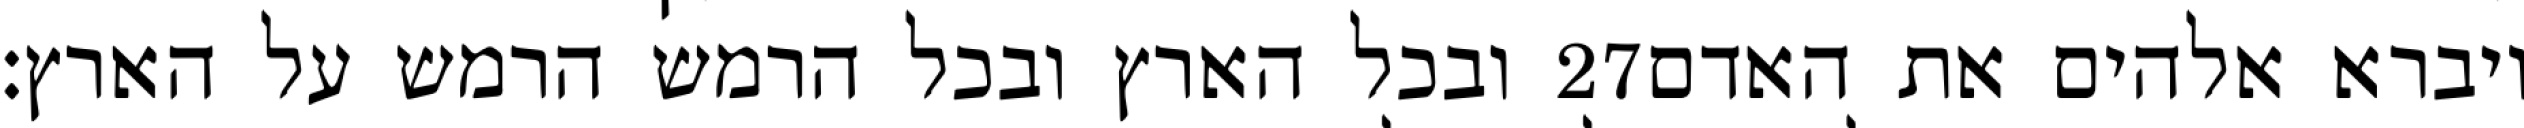
ובכל הארץ ובכל הרמש הרמש על הארץ׃ ‎27‏ ויברא אלהים את האדם